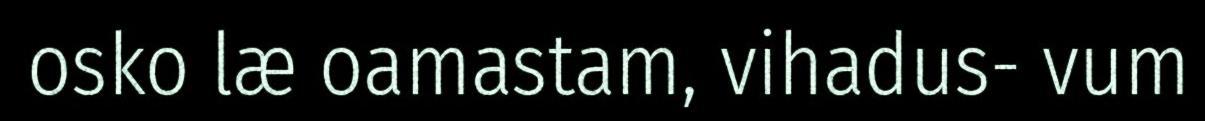
osko læ oamastam, vihadus- vum